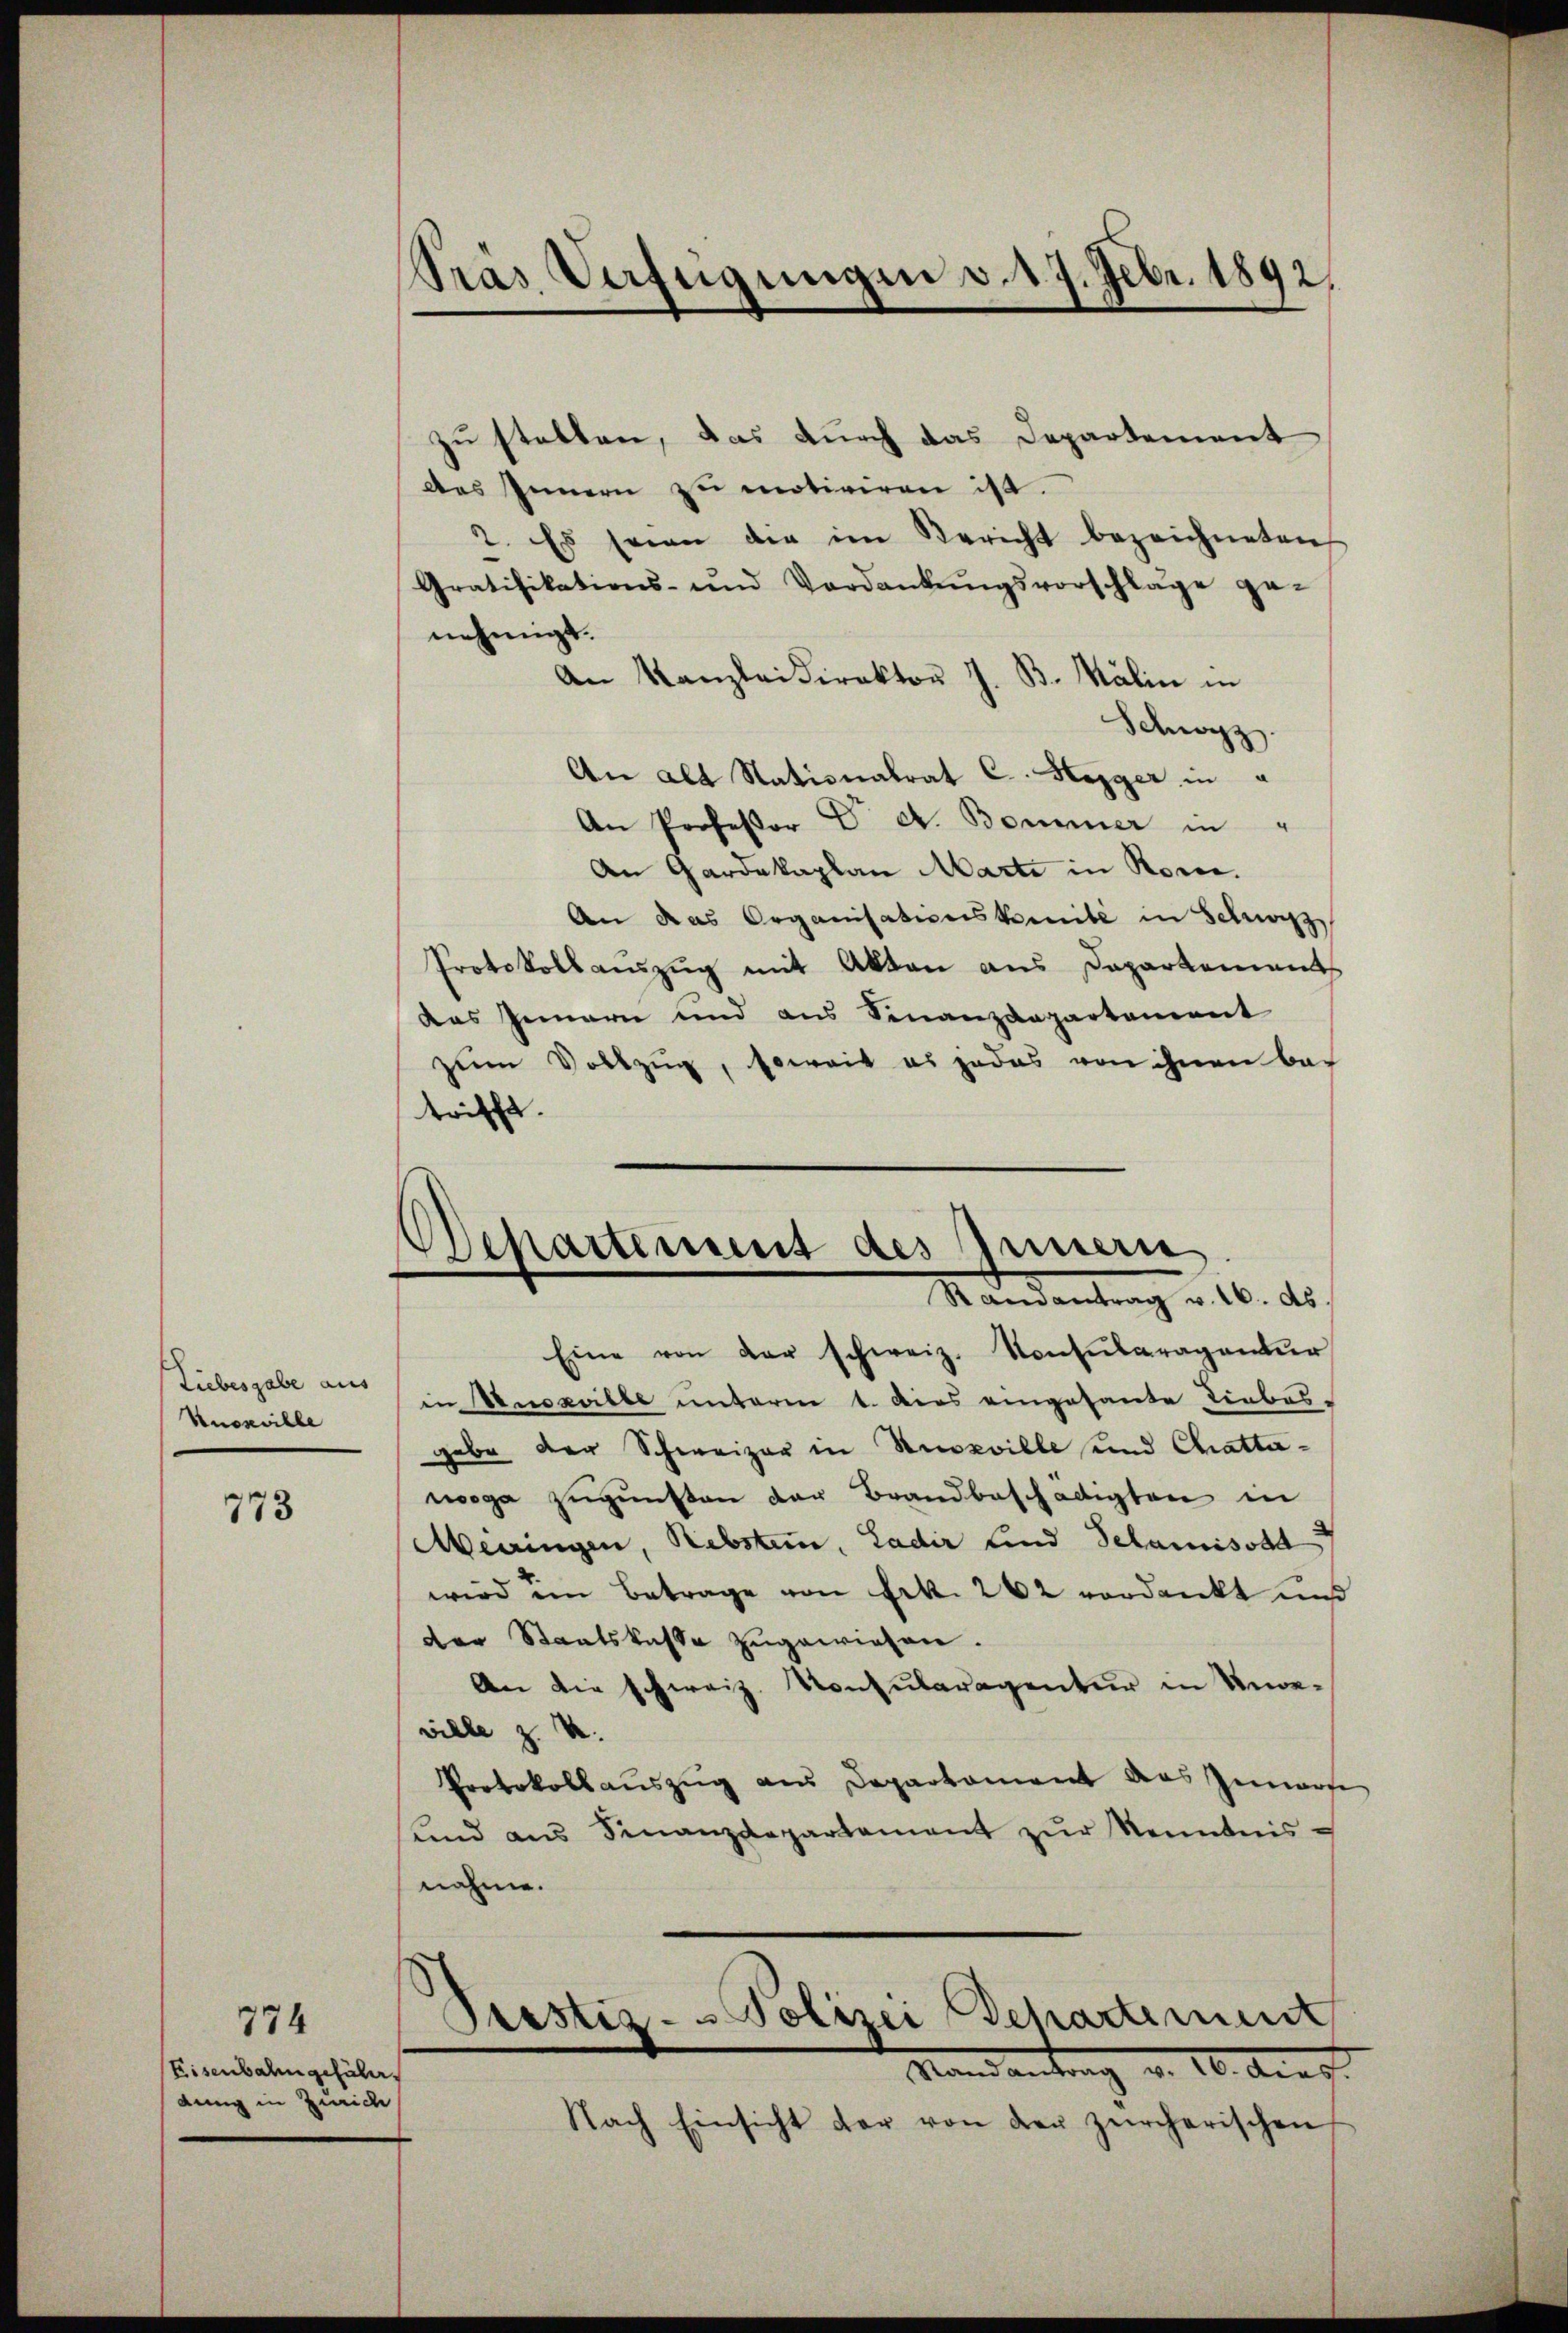
Liebesgabe aus
Knoxville

773

774
Eisenbahn gefährdung in Zürich

Tras Verfügungen v. 17. Febr. 1892.

zu stellen, das durch das Departement
des Innern zu motiviren ist.
2. Es seien die im Bericht bezeichneten
Gratifikations- und Verdankŭngsvorschläge ge-
nehmigt.
An Kanzleidirektor J. B. Kälin in
Schwyz.
An alt Stationalrat C. Hegger in
An Professor C. A. Bommer in
An Gardakaplan Marti in Rore.
An das Organisationskomite in Schwarz
Protokoll aŭszŭg mit Akten aus Departements
das Innern und aus Finanzdepartement
zŭm Vollzŭg, soweit es jedes von ihnen bei
trifft.

Departement des Innern
Kandentrag v. 10. ds

Prestiz- Polizei Departement
Mandantrag v. 10. Augst.

Eine von der schweiz. Konsularagentur
in Ausselbe unterm 1. Dies eingesante Liebes.
gabe der Schweizer in Anoeville und Chrattawoga zugunsten der Brandbeschädigten in
Merringen, Rebstein, Ladir sind Schamisode
wird im Betrage von Frk. 262 verdankt und
der Staatskassa zugewiesen.
An die schweiz. Konsularagentur in Unge-
ville z. U.
Protokollauszug aus Departament das Gemarfe
und ans Finanzdepartament zŭr Kenntnisnahme.

Nach Einsicht der von der zürcherischen